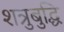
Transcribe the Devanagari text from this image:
शत्रुबुद्धि